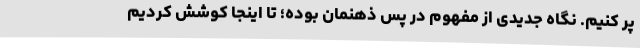
پر کنیم. نگاه جدیدی از مفهوم در پس ذهنمان بوده؛ تا اینجا کوشش کردیم